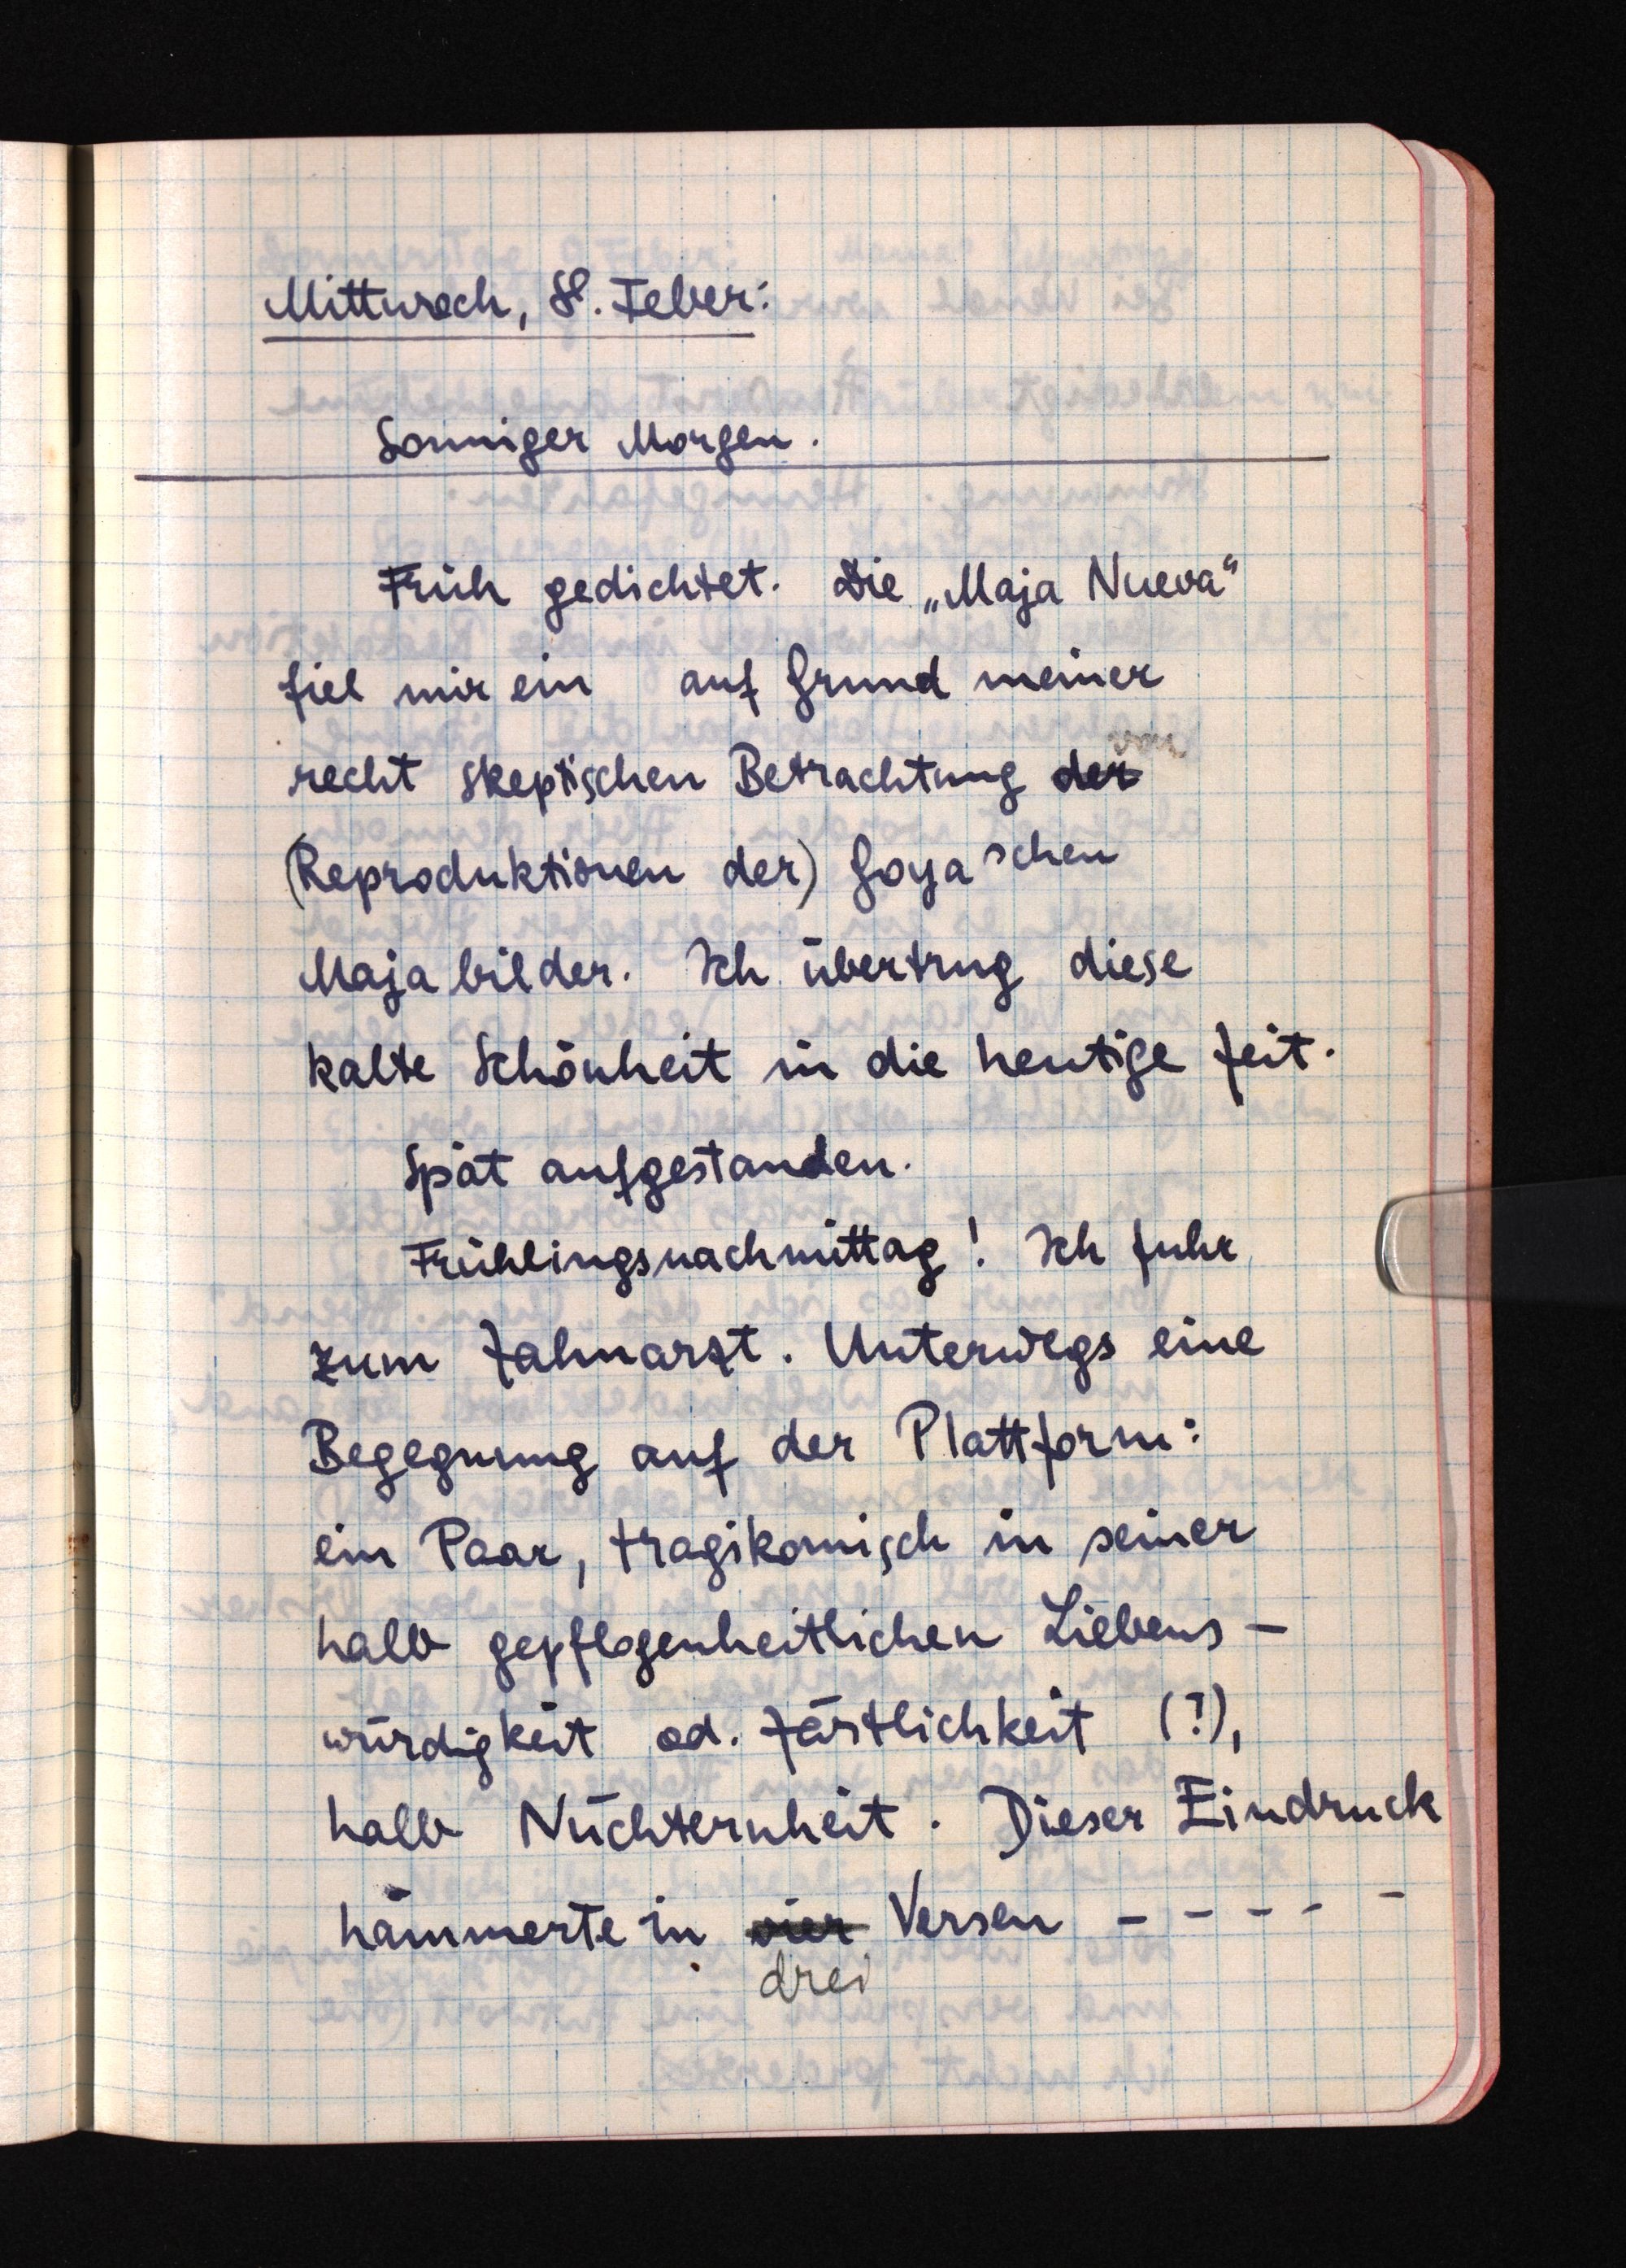
Mittwoch, 8. Feber:
Sonniger Morgen.
Früh gedichtet. Die "Maja Nueva"
fiel mir ein auf Grund meiner
recht skeptischen Betrachtung der
(Reproduktionen der) Goyaschen
Majabilder. Ich übertrug diese
kalte Schönheit in die heutige Zeit.
Spät aufgestanden.
Frühlingsnachmittag! Ich fuhr
zum Zahnarzt. Unterwegs eine
Begegnung auf der Plattform:
ein Paar, tragikomisch in seiner
halb gepflogenheitlichen Liebens
würdigkeit od. Zärtlichkeit (?),
halb Nüchternheit. Dieser Eindruck
hämmerte in vier Versen - - - - -
drei